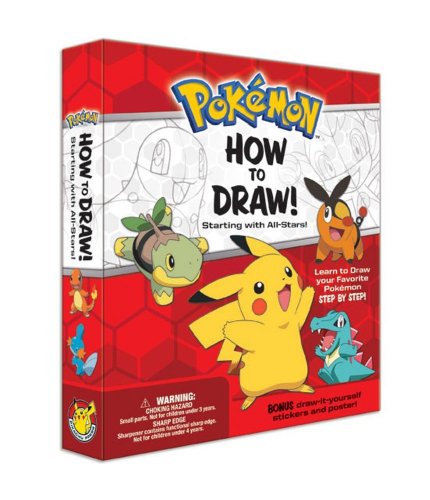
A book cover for Pokemon How-to-Draw Kit: Starting with All-Stars!; Pikachu Press; Children's Books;